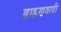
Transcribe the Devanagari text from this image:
ब्राह्म्णवादी